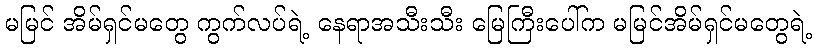
မမြင် အိမ်ရှင်မတွေ ကွက်လပ်ရဲ့ နေရာအသီးသီး မြေကြီးပေါ်က မမြင်အိမ်ရှင်မတွေရဲ့